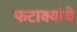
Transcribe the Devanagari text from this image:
फटाक्यांचे